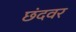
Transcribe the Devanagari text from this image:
छंदवर